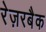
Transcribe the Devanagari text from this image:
रेज़रबैक